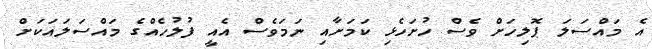
އެ މައްސަލަ ޕޮލިހަށް ވެސް ހުށަހެޅި ކަމަށާއި ނަމަވެސް އެއީ ފުލުހެއްގެ މައްސަލައަކަށް